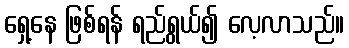
ရှေ့နေ ဖြစ်ရန် ရည်ရွယ်၍ လေ့လာသည်။